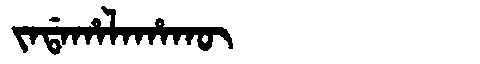
Manchu: ᠵᠠᡩᠠᡥᠠᠯᠠᡥᠠᡴᡡ
Romanization: JADAHALAHAKŪ